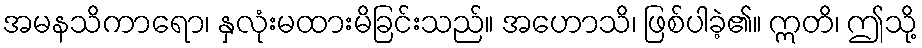
အမနသိကာရော၊ နှလုံးမထားမိခြင်းသည်။ အဟောသိ၊ ဖြစ်ပါခဲ့၏။ ဣတိ၊ ဤသို့